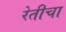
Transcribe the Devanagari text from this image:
रेतीचा